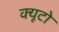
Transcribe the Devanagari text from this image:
क्यूटो